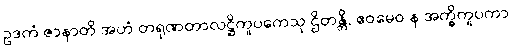
ဥဒကံ ဇာနာတိ အဟံ တရုဏတာလဋ္ဌိကူပကေသု ဌိတန္တိ, ဧဝမေဝ န အက္ခိကူပကာ